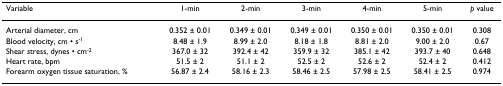
<table><thead><tr><td><b>Variable</b></td><td><b>1-min</b></td><td><b>2-min</b></td><td><b>3-min</b></td><td><b>4-min</b></td><td><b>5-min</b></td><td><b><i>p </i>value</b></td></tr></thead><tbody><tr><td>Arterial diameter, cm</td><td>0.352 ± 0.01</td><td>0.349 ± 0.01</td><td>0.349 ± 0.01</td><td>0.350 ± 0.01</td><td>0.350 ± 0.01</td><td>0.308</td></tr><tr><td>Blood velocity, cm • s<sup>-1</sup></td><td>8.48 ± 1.9</td><td>8.99 ± 2.0</td><td>8.18 ± 1.8</td><td>8.81 ± 2.0</td><td>9.00 ± 2.0</td><td>0.67</td></tr><tr><td>Shear stress, dynes • cm<sup>-2</sup></td><td>367.0 ± 32</td><td>392.4 ± 42</td><td>359.9 ± 32</td><td>385.1 ± 42</td><td>393.7 ± 40</td><td>0.648</td></tr><tr><td>Heart rate, bpm</td><td>51.5 ± 2</td><td>51.1 ± 2</td><td>52.5 ± 2</td><td>52.6 ± 2</td><td>52.4 ± 2</td><td>0.412</td></tr><tr><td>Forearm oxygen tissue saturation, %</td><td>56.87 ± 2.4</td><td>58.16 ± 2.3</td><td>58.46 ± 2.5</td><td>57.98 ± 2.5</td><td>58.41 ± 2.5</td><td>0.974</td></tr></tbody></table>